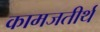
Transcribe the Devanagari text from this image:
कामजतीर्थ